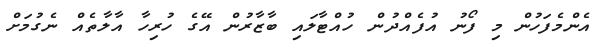
އެންމެފަހުން މި ފޯނު އުފެއްދުން ހުއްޓާލައި ބާޒާރުން އޭގެ ހުރިހާ އާލާތެއް ނެގުމަށް